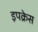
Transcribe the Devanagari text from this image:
इपक्रेस